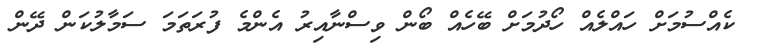
ކެއްސުމަށް ހައްލެއް ހޯދުމަށް ބޭހެއް ބޯން ވިސްނާއިރު އެންމެ ފުރަތަމަ ސަމާލުކަން ދޭން